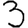
Digit: 3